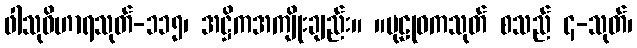
ဖါသုဝိဟာရသုတ်-၁၁၅၊ အဋ္ဌိကအကျိုးချည်း။ ။ပုဠုဝကသုတ် စသည် ၄-သုတ်၊